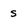
Character: s